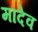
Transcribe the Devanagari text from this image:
मादेव